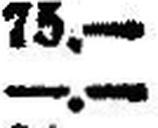
—.—